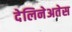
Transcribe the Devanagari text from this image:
देलिनेअतेस